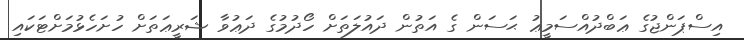
އިސްޕަންޖުގެ ޢަބްދުއްސަމީޢު ޙަސަން ގެ އަތުން ދައުލަތަށް ހޯދުމުގެ ދަޢުވާ ޝަރީޢަތަށް ހުށަހެޅުމަށްޓަކައި